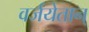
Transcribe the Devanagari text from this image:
वर्जयेतान्